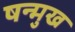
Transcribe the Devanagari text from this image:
षन्मुख